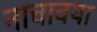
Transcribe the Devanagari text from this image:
नाचावया